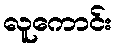
လူကောင်း